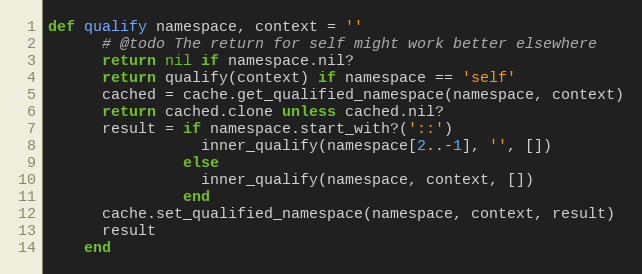
Language: Ruby
def qualify namespace, context = ''
      # @todo The return for self might work better elsewhere
      return nil if namespace.nil?
      return qualify(context) if namespace == 'self'
      cached = cache.get_qualified_namespace(namespace, context)
      return cached.clone unless cached.nil?
      result = if namespace.start_with?('::')
                 inner_qualify(namespace[2..-1], '', [])
               else
                 inner_qualify(namespace, context, [])
               end
      cache.set_qualified_namespace(namespace, context, result)
      result
    end